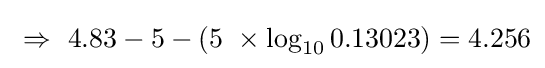
\ \Rightarrow \ 4.83-5-(5\ \times \log _{10}0.13023)=4.256